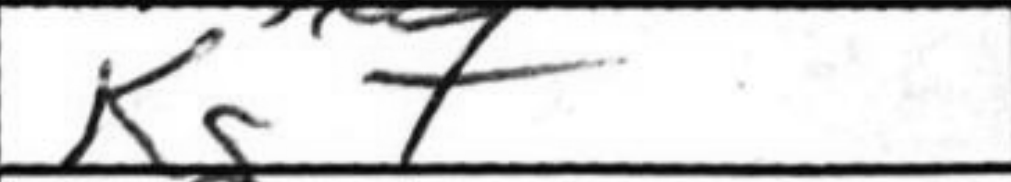
Transcription: Kg7